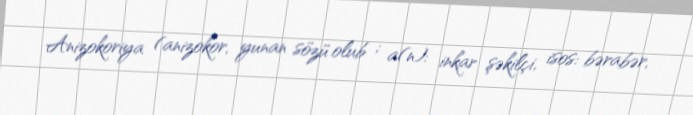
Anizokoriya (anizokor, yunan sözü olub ; a(n): inkar şəkilçi, isos: bərabər,